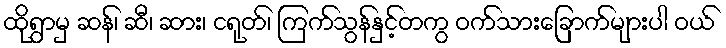
ထိုရွာမှ ဆန်၊ ဆီ၊ ဆား၊ ငရုတ်၊ ကြက်သွန်နှင့်တကွ ဝက်သားခြောက်များပါ ဝယ်